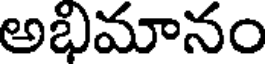
అభిమానం